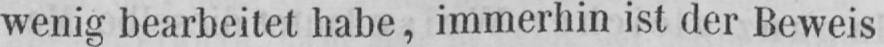
wenig bearbeitet habe, immerhin ist der Beweis